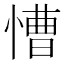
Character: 慒